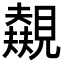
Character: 𬢃